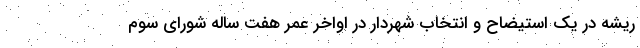
ریشه در یک استیضاح و انتخاب شهردار در اواخر عمر هفت ساله شورای سوم